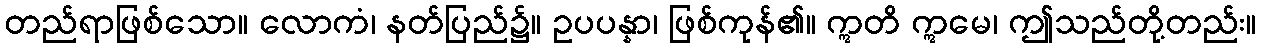
တည်ရာဖြစ်သော။ လောကံ၊ နတ်ပြည်၌။ ဥပပန္နာ၊ ဖြစ်ကုန်၏။ ဣတိ ဣမေ၊ ဤသည်တို့တည်း။